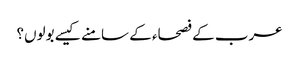
عرب کے فصحاء کے سامنے کیسے بولوں؟